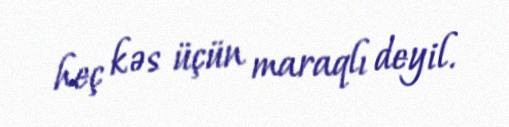
heç kəs üçün maraqlı deyil.